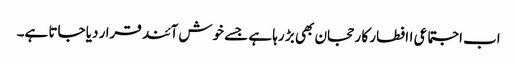
اب اجتماعی اافطار کا رحجان بھی بڑ رہا ہے جسے خوش آئند قرا ر دیا جاتا ہے۔